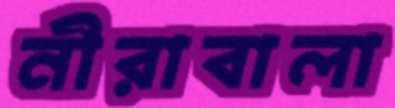
নীরাবালা